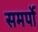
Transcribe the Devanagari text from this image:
समर्पो